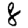
Digit: 8